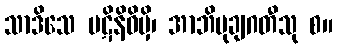
သာဒိသေ ပဋိနိဓိမှိ၊ အာဘိမုချဂတီသု စ။